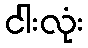
ငါးလုံး